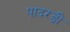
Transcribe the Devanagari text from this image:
पादरङी